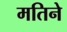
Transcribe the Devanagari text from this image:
मतिने